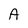
Character: A